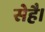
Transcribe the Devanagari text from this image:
सेहै।